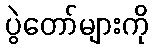
ပွဲတော်များကို